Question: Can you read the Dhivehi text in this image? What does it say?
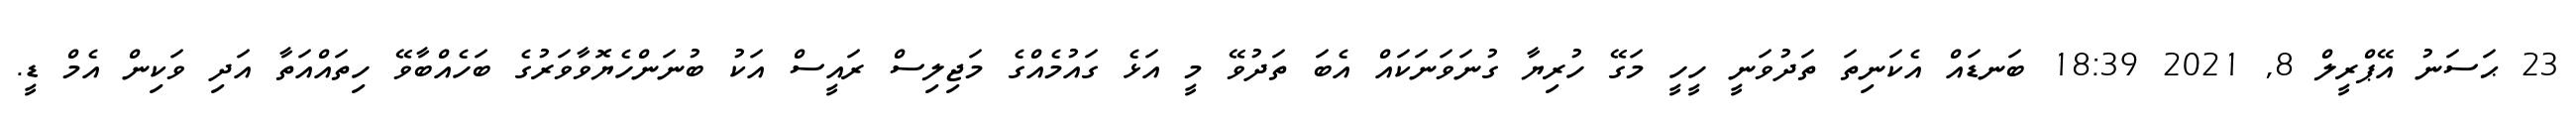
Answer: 23 ޙަސަނު އޭޕްރީލް 8, 2021 18:39 ބަނޑައް އެކަނިތަ ތަދުވަނީ ހީހީ މަގޭ ހުރިޔާ ގުނަވަނަކައް އެބަ ތަދުވޭ މީ އަޅެ ގައުމެއްގެ މަޖިލިސް ރައީސް އަކު ބުނަންހެޔޮވާވަރުގެ ބަހެއްބާވޭ ހިތައްއަތާ އަދި ވަކިން އެމް ޑީ.